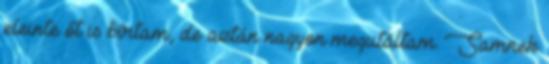
eleinte őt is bírtam, de aztán nagyon megutáltam. Samnek